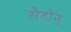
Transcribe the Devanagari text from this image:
सेटोन्